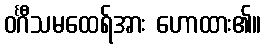
ဝင်္ဂီသမထေရ်အား ဟောထား၏။